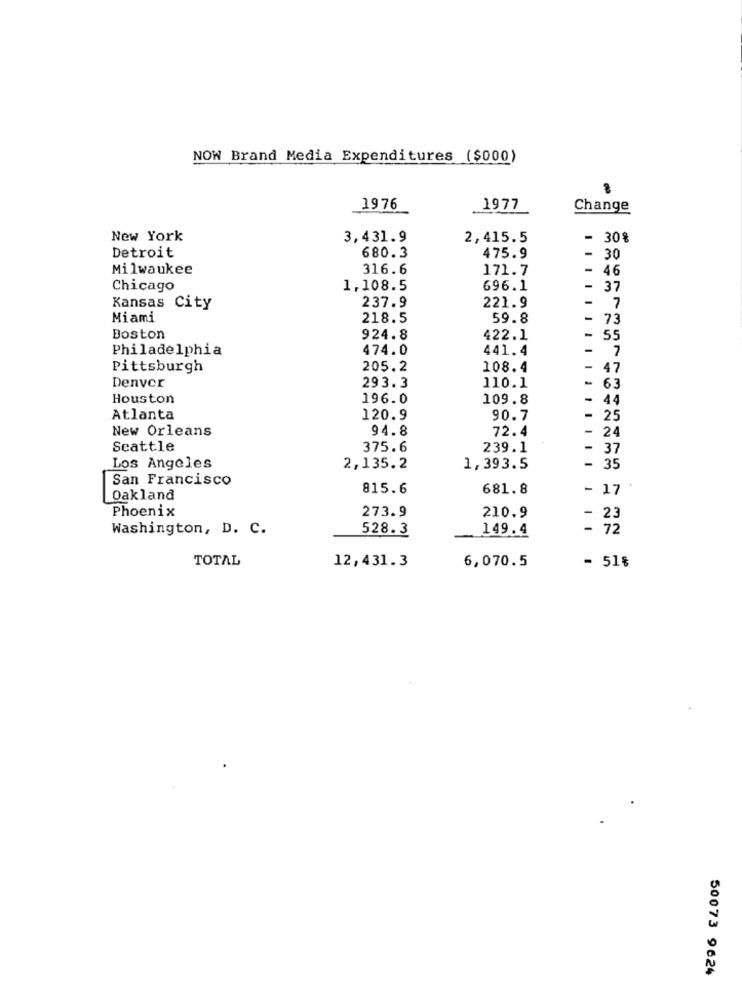
NOW Brand Media Expenditures ($000)
1976
1977
Change
New York
3,431.9
2,415.5
- 30%
Detroit
680.3
475.9
- 30
Milwaukee
316.6
171.7
- 46
Chicago
1.108.5
696.1
37
Kansas City
237.9
221.9
7
Miami
218.5
59.8
-
73
Boston
924.8
422.1
55
Philadelphia
474.0
441.4
- 7
Pittsburgh
205.2
108.4
-
47
Denver
293.3
110.1
- 63
Houston
196.0
109.8
44
Atlanta
120.9
90.7
- 25
New Orleans
94.8
72.4
- 24
Seattle
375.6
239.1
- 37
Los Angeles
2,135.2
1,393.5
- 35
San Francisco
815.6
681.8
- 17
Oakland
Phoenix
273.9
210.9
- 23
Washington, D. C.
528.3
149.4
- 72
TOTAL
12,431.3
6,070.5
- 51%
50073 9624